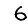
Digit: 6